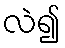
လဲ၍